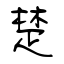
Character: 楚